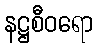
နဋ္ဌစီဝရော